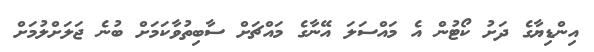
އިންޑިޔާގެ ދަށު ކޯޓުން އެ މައްސަލަ އޭނާގެ މައްޗަށް ސާބިތުވާކަމަށް ބުނެ ޖަލަށްލުމަށް